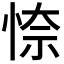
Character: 𭝎